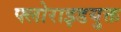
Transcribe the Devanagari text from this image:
फ्लोराइडयुक्त